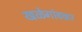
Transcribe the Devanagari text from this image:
खळेगांवकर